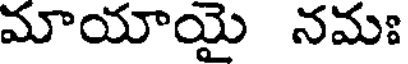
మాయాయై నమః